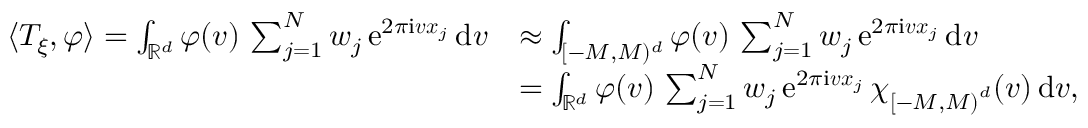
\begin{array} { r l } { \langle T _ { \xi } , \varphi \rangle = \int _ { \mathbb R ^ { d } } \varphi ( \boldsymbol v ) \, \sum _ { j = 1 } ^ { N } w _ { j } \, \mathrm e ^ { 2 \pi \mathrm i \boldsymbol v \boldsymbol x _ { j } } \, \mathrm { d } \boldsymbol v } & { \approx \int _ { [ - M , M ) ^ { d } } \varphi ( \boldsymbol v ) \, \sum _ { j = 1 } ^ { N } w _ { j } \, \mathrm e ^ { 2 \pi \mathrm i \boldsymbol v \boldsymbol x _ { j } } \, \mathrm { d } \boldsymbol v } \\ & { = \int _ { \mathbb R ^ { d } } \varphi ( \boldsymbol v ) \, \sum _ { j = 1 } ^ { N } w _ { j } \, \mathrm e ^ { 2 \pi \mathrm i \boldsymbol v \boldsymbol x _ { j } } \, \chi _ { \left[ - M , M \right) ^ { d } } ( \boldsymbol v ) \, \mathrm { d } \boldsymbol v , } \end{array}